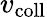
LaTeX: v_{\mathrm{coll}}